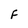
Character: F